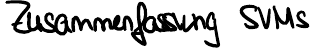
Zusammenfassung SVMs